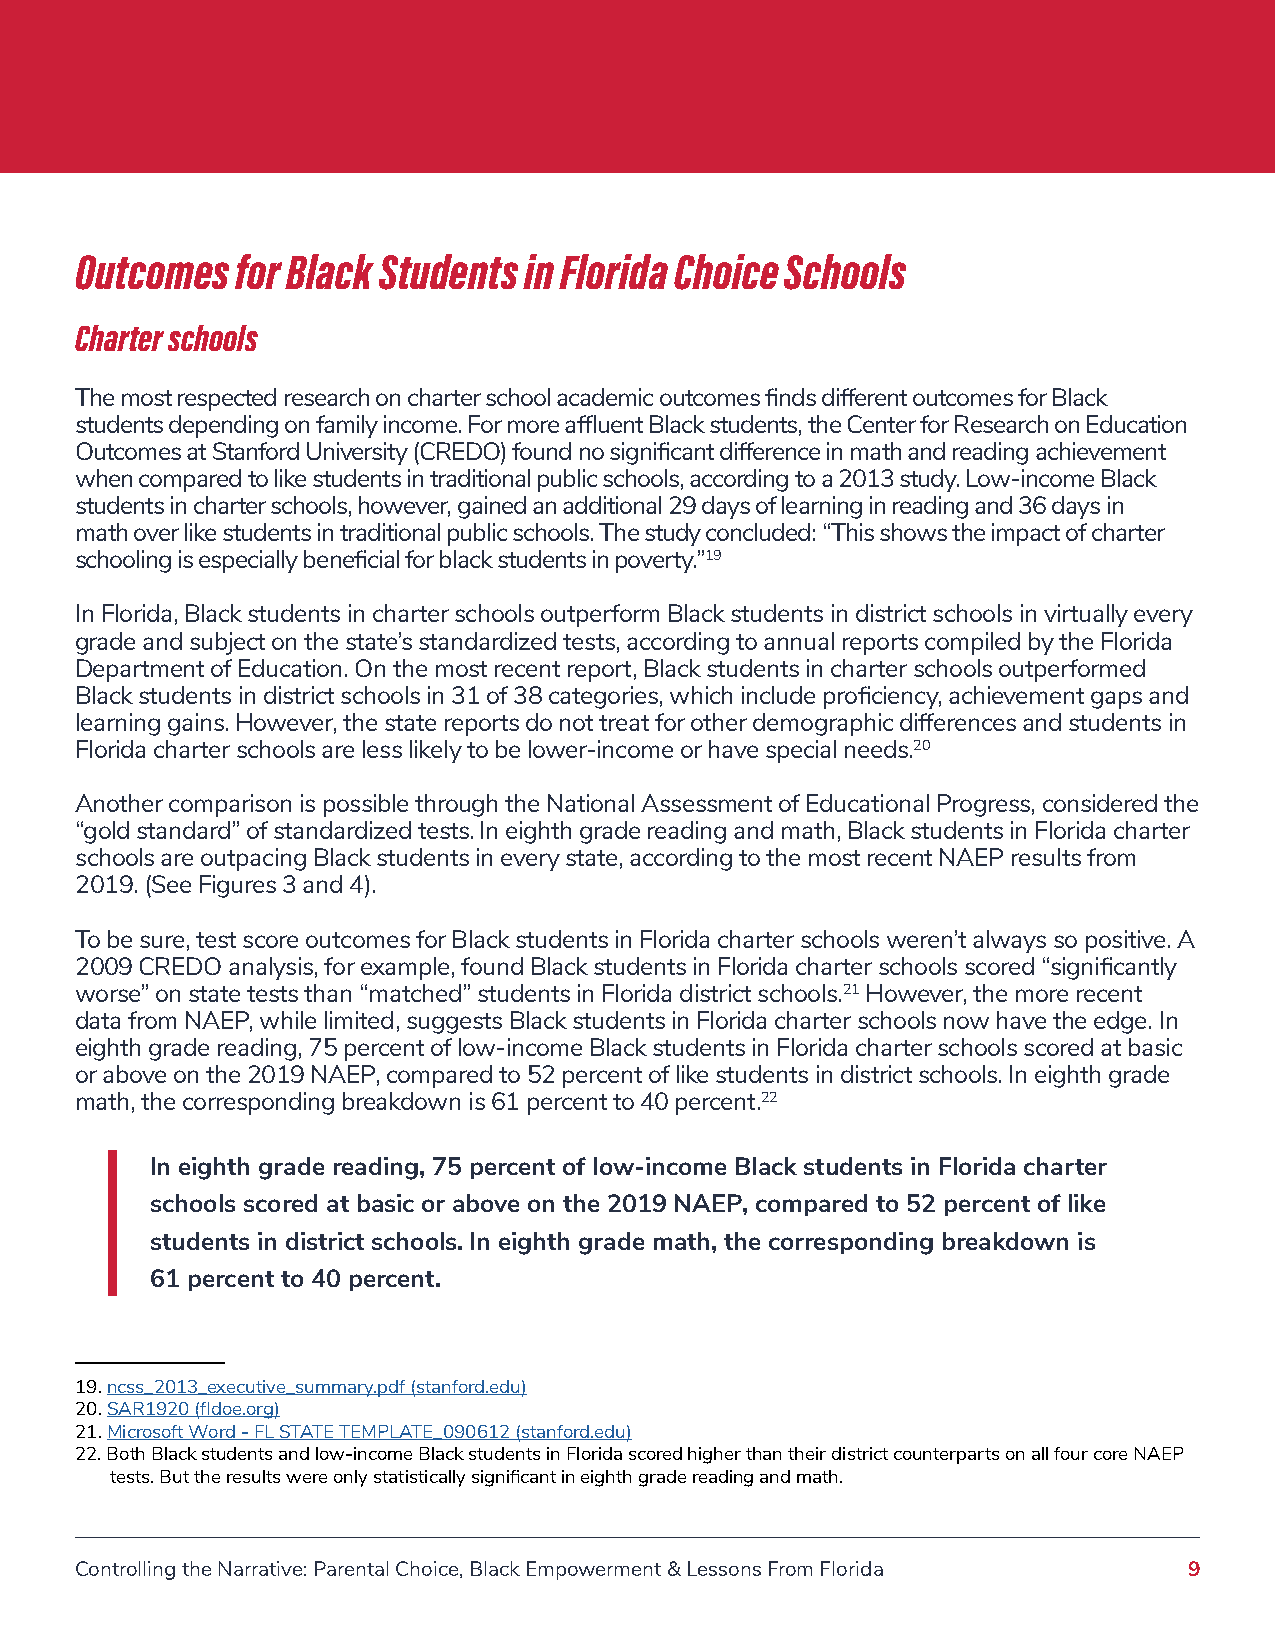
Outcomes   for Black Students in Florida Choice Schools
 Charter schools
 The most respected research on charter school academic outcomes finds different outcomes for Black
 students depending on family income. For more affluent Black students, the Center for Research on Education
 Outcomes at Stanford University (CREDO) found no significant difference in math and reading achievement
 when compared to like students in traditional public schools, according to a 2013 study. Low-income Black
 students in charter schools, however, gained an additional 29 days of learning in reading and 36 days in
 math over like students in traditional public schools. The study concluded: “This shows the impact of charter
 schooling is especially beneficial for black students in poverty.”19
 In Florida, Black students in charter schools outperform Black students in district schools in virtually every
 grade and subject on the state’s standardized tests, according to annual reports compiled by the Florida
 Department of Education. On the most recent report, Black students in charter schools outperformed
 Black students in district schools in 31 of 38 categories, which include proficiency, achievement gaps and
 learning gains. However, the state reports do not treat for other demographic differences and students in
 Florida charter schools are less likely to be lower-income or have special needs.20
 Another comparison is possible through the National Assessment of Educational Progress, considered the
 “gold standard” of standardized tests. In eighth grade reading and math, Black students in Florida charter
 schools are outpacing Black students in every state, according to the most recent NAEP results from
 2019. (See Figures 3 and 4).
 To be sure, test score outcomes for Black students in Florida charter schools weren’t always so positive. A
 2009 CREDO analysis, for example, found Black students in Florida charter schools scored “significantly
 worse” on state tests than “matched” students in Florida district schools.21 However, the more recent
 data from NAEP, while limited, suggests Black students in Florida charter schools now have the edge. In
 eighth grade reading, 75 percent of low-income Black students in Florida charter schools scored at basic
 or above on the 2019 NAEP, compared to 52 percent of like students in district schools. In eighth grade
 math, the corresponding breakdown is 61 percent to 40 percent.22
 In eighth grade reading, 75 percent of low-income Black students in Florida charter
 schools scored at basic or above on the 2019 NAEP, compared to 52 percent of like
 students in district schools. In eighth grade math, the corresponding breakdown is
 61 percent to 40 percent.
 19.ncss_2013_executive_summary.pdf (stanford.edu)
 20.SAR1920 (fldoe.org)
 21.Microsoft Word - FL STATE TEMPLATE_090612 (stanford.edu)
 22.Both Black students and low-income Black students in Florida scored higher than their district counterparts on all four core NAEP
 tests. But the results were only statistically significant in eighth grade reading and math.
 Controlling the Narrative: Parental Choice, Black Empowerment & Lessons From Florida 9